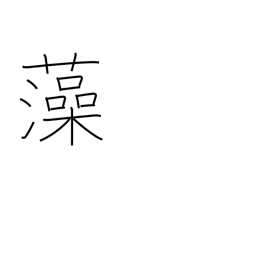
Meaning: seaweed